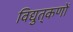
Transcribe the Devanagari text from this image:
विद्युत्‌कणों